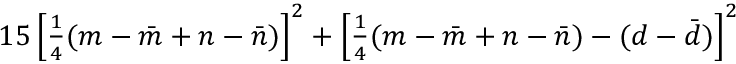
1 5 \left[ { \textstyle { \frac { 1 } { 4 } } } ( m - \bar { m } + n - \bar { n } ) \right] ^ { 2 } + \left[ { \textstyle { \frac { 1 } { 4 } } } ( m - \bar { m } + n - \bar { n } ) - ( d - \bar { d } ) \right] ^ { 2 }